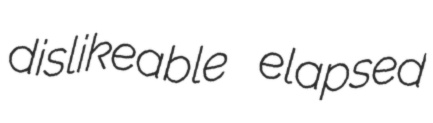
dislikeable elapsed